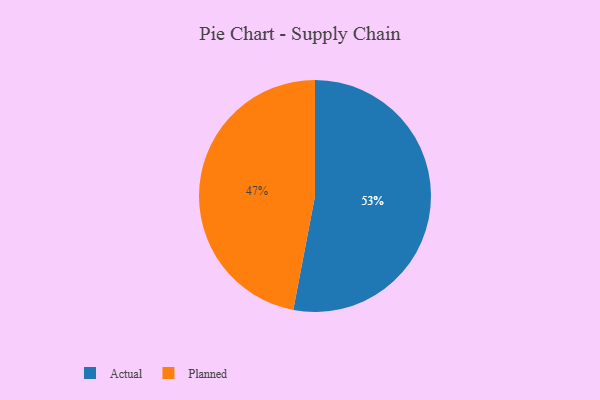
{"axis": {"x": "Category", "y": "Percentage"}, "legend": ["Actual", "Planned"], "data": [{"x": "Actual", "y": 53, "type": "Actual"}, {"x": "Planned", "y": 47, "type": "Planned"}]}